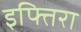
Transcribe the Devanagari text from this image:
इफ्तिरा